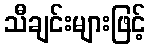
သီချင်းများဖြင့်